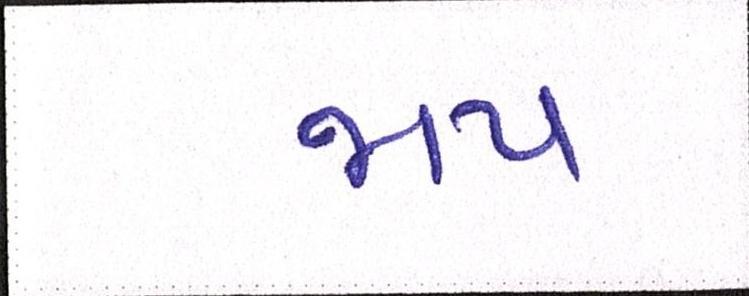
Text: જાપ